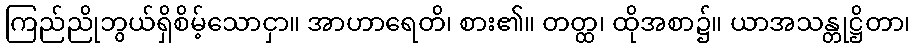
ကြည်ညိုဘွယ်ရှိစိမ့်သောငှာ။ အာဟာရေတိ၊ စား၏။ တတ္ထ၊ ထိုအစာ၌။ ယာအသန္တုဋ္ဌိတာ၊